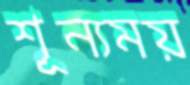
শূন্যময়